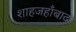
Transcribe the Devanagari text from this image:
शाहजहाँबाद